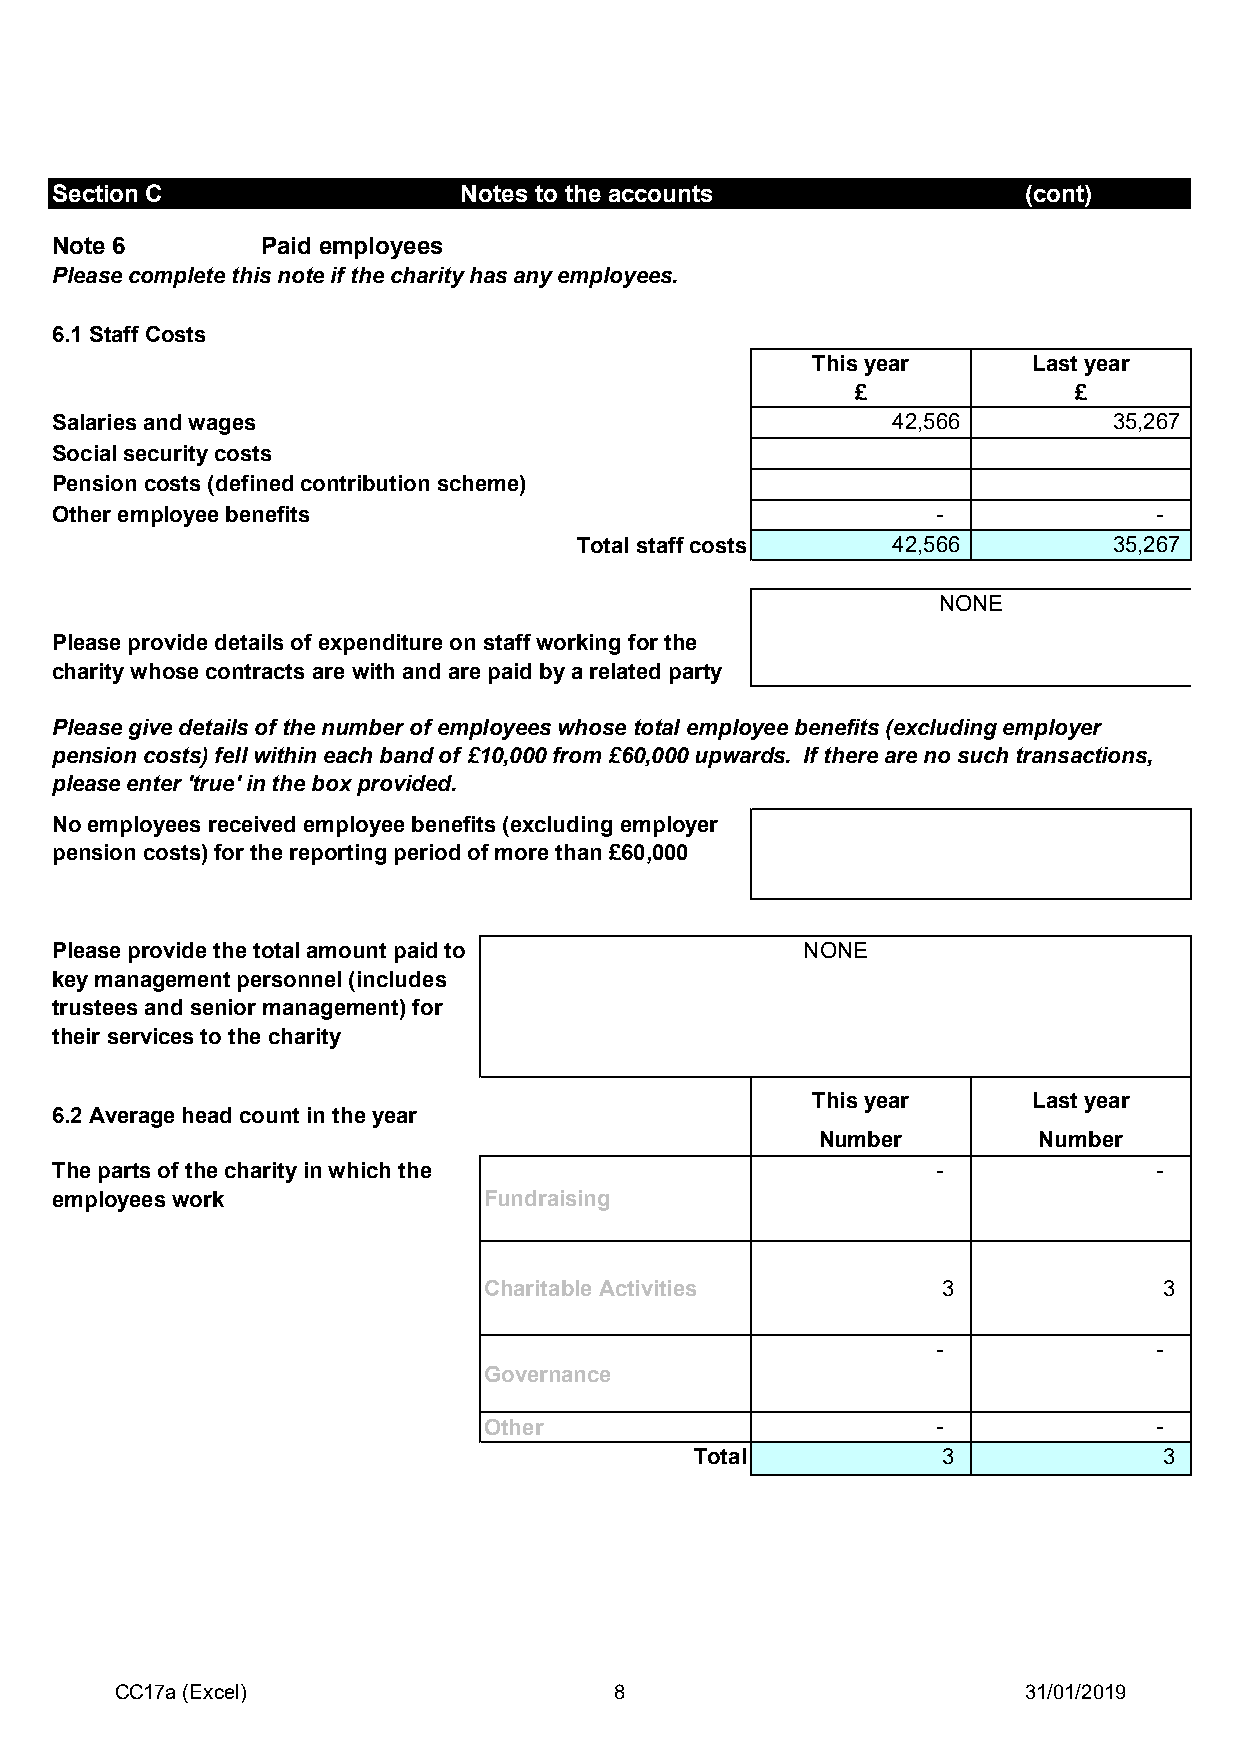
Section C                   Notes to the accounts                (cont)
 Note 6        Paid employees
 Please complete this note if the charity has any employees.
 6.1 Staff Costs
 This year     Last year
 £             £
 Salaries and wages                                      42,566         35,267
 Social security costs
 Pension costs (defined contribution scheme)
 Other employee benefits                                    -              -
 Total staff costs    42,566         35,267
 NONE
 Please provide details of expenditure on staff working for the
 charity whose contracts are with and are paid by a related party
 Please give details of the number of employees whose total employee benefits (excluding employer
 pension costs) fell within each band of £10,000 from £60,000 upwards. If there are no such transactions,
 please enter 'true' in the box provided.
 No employees received employee benefits (excluding employer
 pension costs) for the reporting period of more than £60,000
 Please provide the total amount paid to           NONE
 key management personnel (includes
 trustees and senior management) for
 their services to the charity
 This year     Last year
 6.2 Average head count in the year
 Number         Number
 The parts of the charity in which the                      -              -
 employees work               Fundraising
 Charitable Activities         3              3
 -              -
 Governance
 Other                         -              -
 Total           3              3
 CC17a (Excel)                    8                          31/01/2019